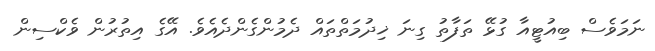
ނަމަވެސް ބިއުޓީއާ ގުޅޭ ތަފާތު ގިނަ ޚިދުމަތްތައް ދެމުންގެންދެއެވެ. އޭގެ އިތުރުން ވެކްސިން